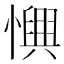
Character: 𢣹